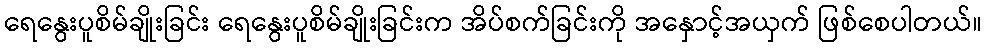
ရေနွေးပူစိမ်ချိုးခြင်း ရေနွေးပူစိမ်ချိုးခြင်းက အိပ်စက်ခြင်းကို အနှောင့်အယှက် ဖြစ်စေပါတယ်။